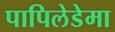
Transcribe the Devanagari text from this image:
पापिलेडेमा